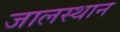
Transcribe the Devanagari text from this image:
जालस्थान